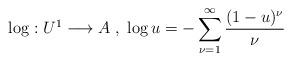
LaTeX: \begin{align*}\log : U^1 \longrightarrow A \; , \; \log u = - \sum^{\infty}_{\nu=1} \frac{(1-u)^{\nu}}{\nu}\end{align*}